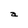
Character: a